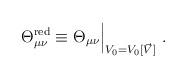
LaTeX: \begin{align*}\Theta_{\mu\nu}^{\rm red}\equiv\Theta_{\mu\nu}\Big|_{V_0=V_0[\vec{V}]}~.\end{align*}